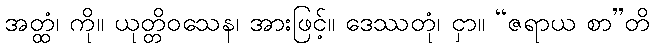
အတ္ထံ၊ ကို။ ယုတ္တိဝသေန၊ အားဖြင့်။ ဒေဿတုံ၊ ငှာ။ “ဇရာယ စာ”တိ